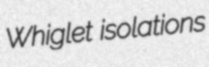
Whiglet isolations